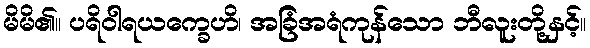
မိမိ၏။ ပရိဝါရယက္ခေဟိ၊ အခြံအရံကုန်သော ဘီလူးတို့နှင့်။